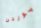
بوردن